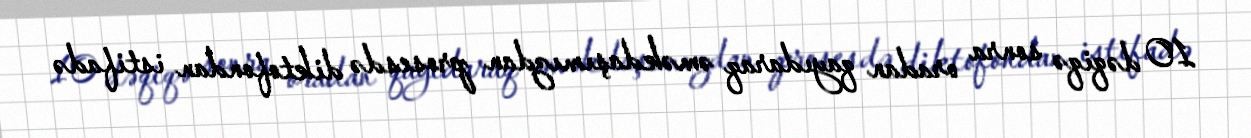
10 dəqiqə sonra oradan qayıdaraq əməkdaşımızdan prosesdə diktofondan istifadə